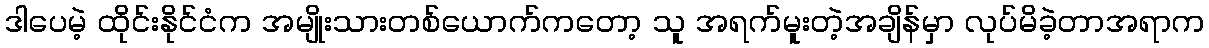
ဒါပေမဲ့ ထိုင်းနိုင်ငံက အမျိုးသားတစ်ယောက်ကတော့ သူ အရက်မူးတဲ့အချိန်မှာ လုပ်မိခဲ့တာအရာက